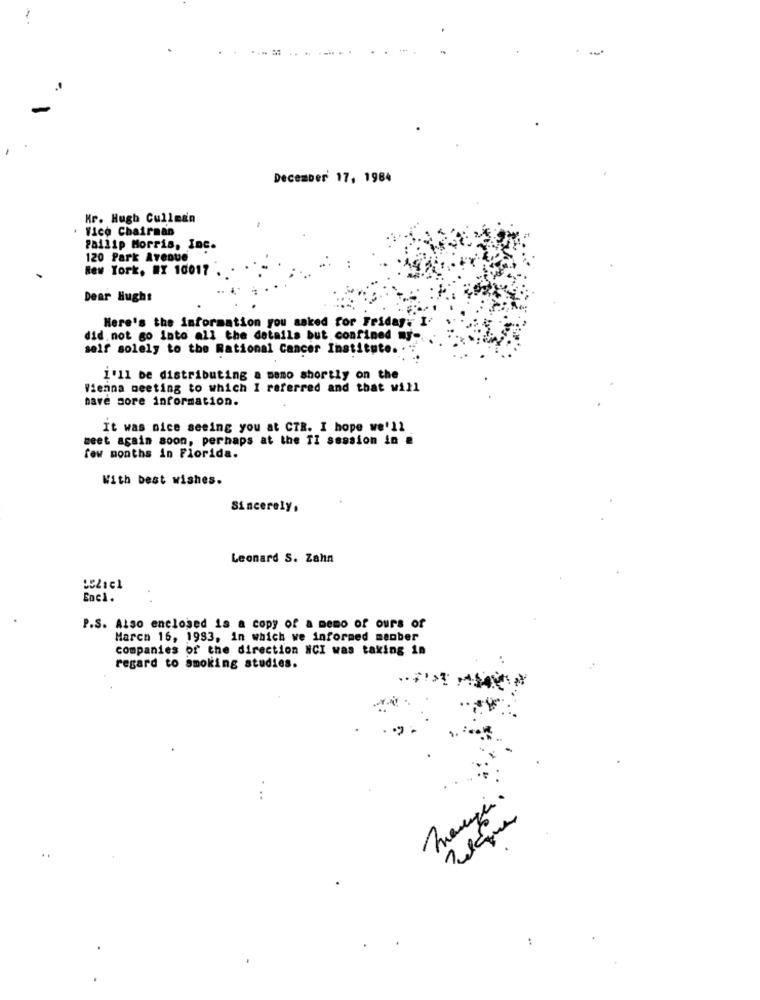
December 17, 1984
Mr. Hugh Cullman
. Vice Chairman
Pailip Morris, Inc.
120 Park Avenue
New York, NY 10017
Dear Hugh:
Here's the information you asked for Friday: I.
did. not go into all the details but confined wy-
self solely to the National Cancer Institute. . .
I'll be distributing a meno shortly on the
Vienna meeting to which I referred and that will
have more information.
It was nice seeing you at CTR. I hope we'll
meet again soon, perhaps at the TI session in
few months in Florida.
With best wishes.
Sincerely,
Leonard S. Zahn
Enc1.
P.S. Also enclosed is a copy of a memo of ours of
Marco 16, 1993, in which we informed menber
companies of the direction NCI was taking in
regard to smoking studies.
...
Telque
.